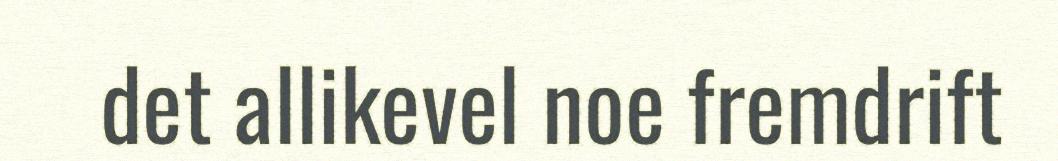
det allikevel noe fremdrift